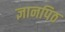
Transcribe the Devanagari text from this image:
ज्ञानपिठ